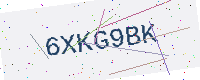
Text: 6XKG9BK